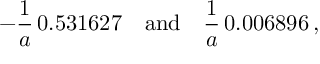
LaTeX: - \frac { 1 } { a } \, 0 . 5 3 1 6 2 7 \quad \mathrm { a n d } \quad \frac { 1 } { a } \, 0 . 0 0 6 8 9 6 \, { , }